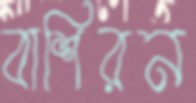
বাশিরন